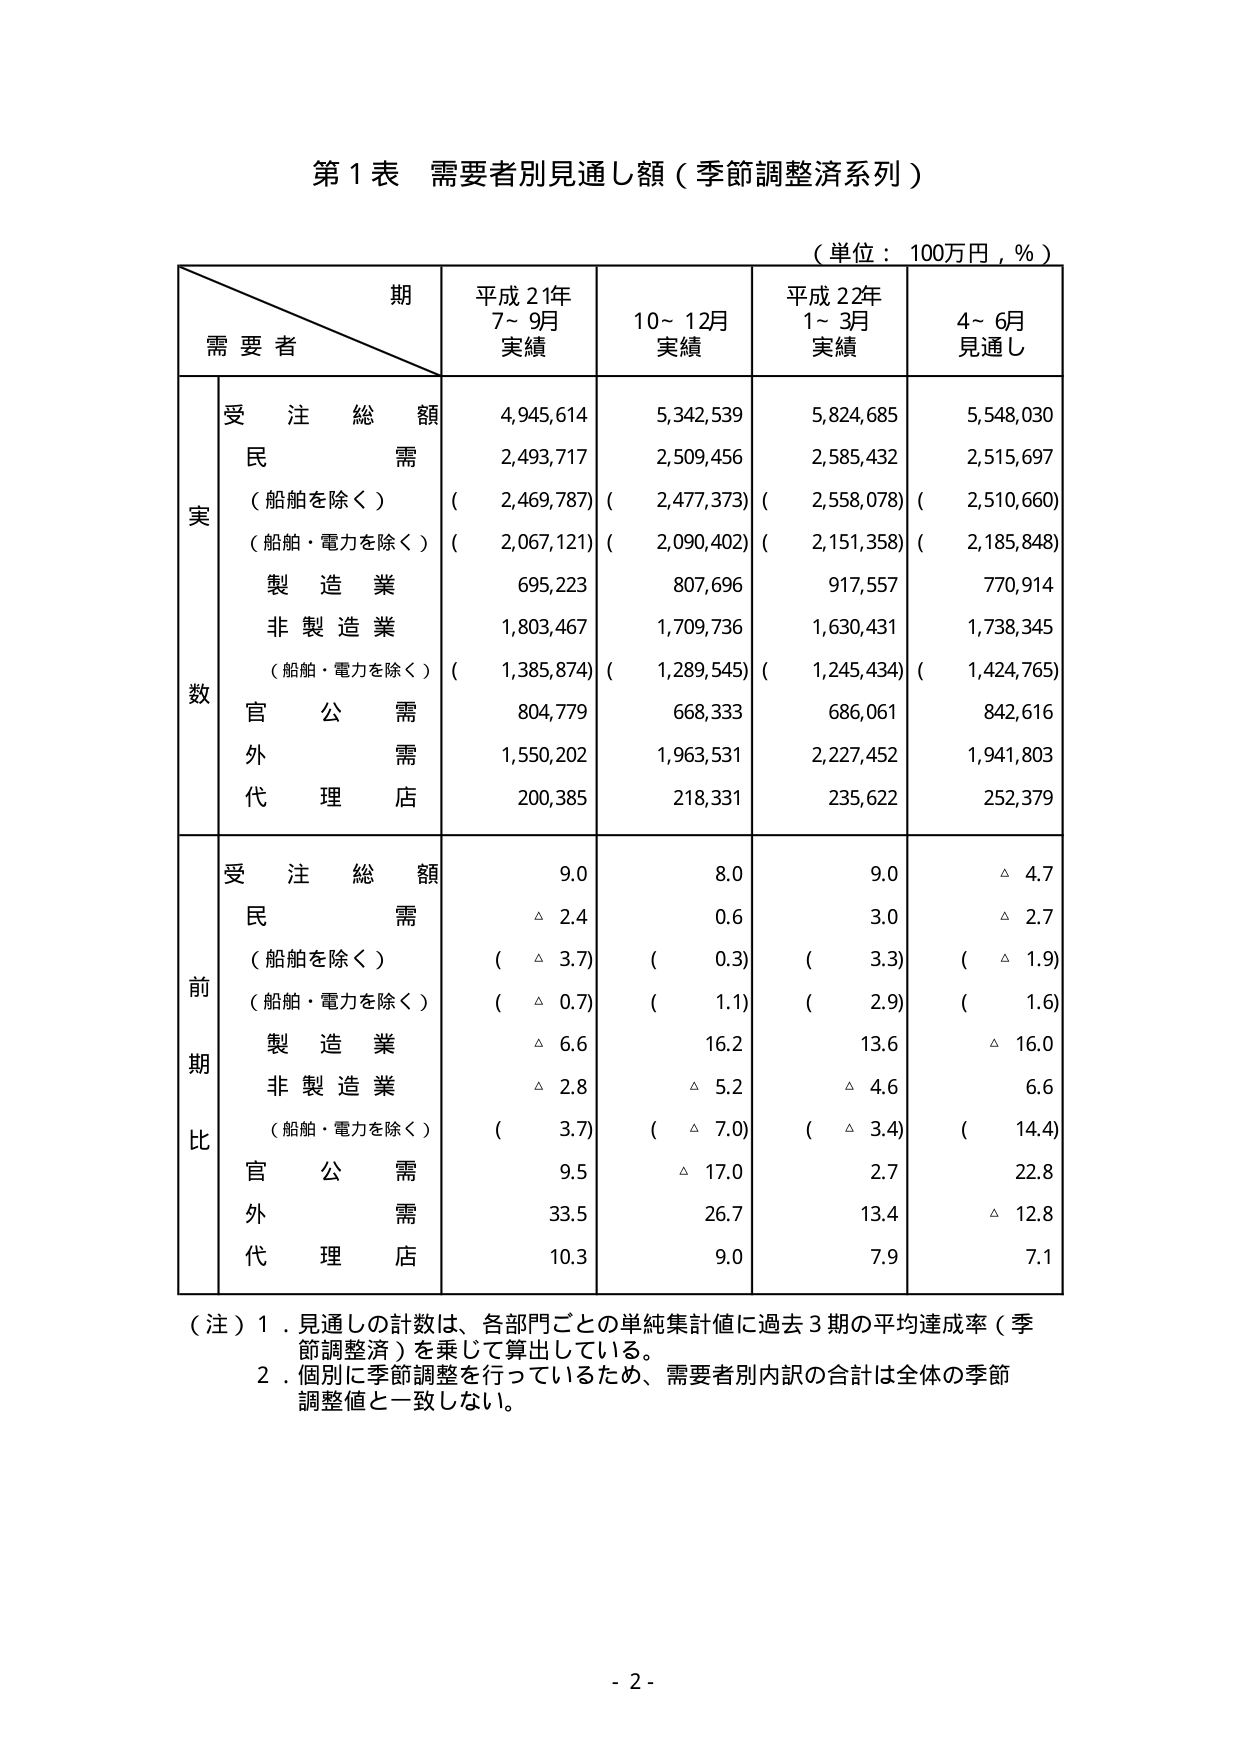
第１表 需要者別見通し額（季節調整済系列）

（単位：100万円，％）

期
需要者
平成21年
7～9月
実績
10～12月
実績
平成22年
1～3月
実績
4～6月
見通し

実数
受注総額
4,945,614
5,342,539
5,824,685
5,548,030
民需
2,493,717
2,509,456
2,585,432
2,515,697
（船舶を除く）
（2,469,787）
（2,477,373）
（2,558,078）
（2,510,660）
（船舶・電力を除く）
（2,067,121）
（2,090,402）
（2,151,358）
（2,185,848）
製造業
695,223
807,696
917,557
770,914
非製造業
1,803,467
1,709,736
1,630,431
1,738,345
（船舶・電力を除く）
（1,385,874）
（1,289,545）
（1,245,434）
（1,424,765）
官公需
804,779
668,333
686,061
842,616
外需
1,550,202
1,963,531
2,227,452
1,941,803
代理店
200,385
218,331
235,622
252,379

前期比
受注総額
9.0
8.0
9.0
△4.7
民需
△2.4
0.6
3.0
△2.7
（船舶を除く）
（△3.7）
（0.3）
（3.3）
（△1.9）
（船舶・電力を除く）
（△0.7）
（1.1）
（2.9）
（1.6）
製造業
△6.6
16.2
13.6
△16.0
非製造業
△2.8
△5.2
△4.6
6.6
（船舶・電力を除く）
（3.7）
（△7.0）
（△3.4）
（14.4）
官公需
9.5
△17.0
2.7
22.8
外需
33.5
26.7
13.4
△12.8
代理店
10.3
9.0
7.9
7.1

（注）1．見通しの計数は、各部門ごとの単純集計値に過去3期の平均達成率（季節調整済）を乗じて算出している。
2．個別に季節調整を行っているため、需要者別内訳の合計は全体の季節調整値と一致しない。

- 2 -